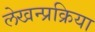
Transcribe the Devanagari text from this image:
लेखन्प्रक्रिया